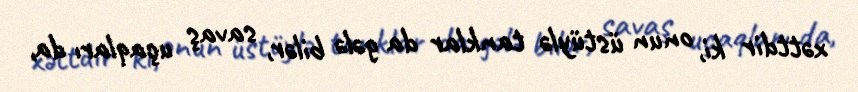
xəttdir ki, onun üstüylə tanklar da gələ bilər, savaş uçaqları da,